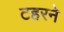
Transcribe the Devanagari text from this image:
टहरने